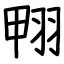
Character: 翈